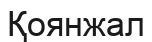
Қоянжал